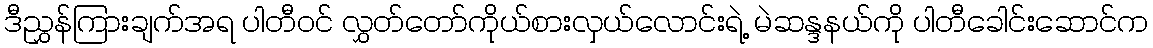
ဒီညွှန်ကြားချက်အရ ပါတီဝင် လွှတ်တော်ကိုယ်စားလှယ်လောင်းရဲ့ မဲဆန္ဒနယ်ကို ပါတီခေါင်းဆောင်က